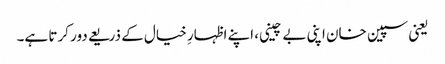
یعنی سپین خان اپنی بے چینی، اپنے اظہارِ خیال کے ذریعے دور کرتا ہے۔